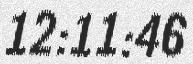
12:11:46